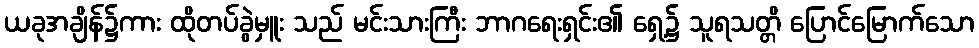
ယခုအချိန်၌ကား ထိုတပ်ခွဲမှူး သည် မင်းသားကြီး ဘာဂရေးရှင်း၏ ရှေ့၌ သူရသတ္တိ ပြောင်မြောက်သော